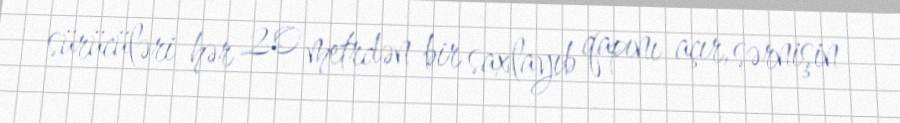
sürücüləri hər 20 metrdən bir saxlayıb qapını açır, sərnişin